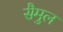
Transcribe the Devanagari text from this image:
सैमुल